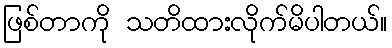
ဖြစ်တာကို သတိထားလိုက်မိပါတယ်။